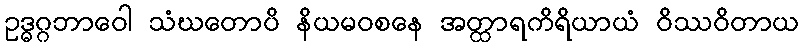
ဥဒ္ဓဂ္ဂဘာဝေါ သံဃတောပိ နိယမဝစနေ အတ္ထာရကိရိယာယံ ဝိဿဝိတာယ